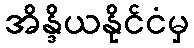
အိန္ဒိယနိုင်ငံမှ